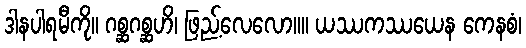
ဒါနပါရမီကို။ ဂစ္ဆဂစ္ဆဟိ၊ ဖြည့်လေလော။။ ယဿကဿယေန ကေနစံ၊